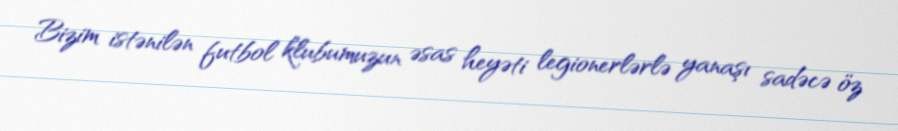
Bizim istənilən futbol klubumuzun əsas heyəti legionerlərlə yanaşı sadəcə öz